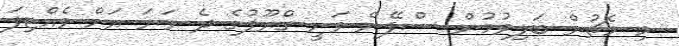
މި މެޗުން ބަލިވުމުން ސްޕޭން ވަނީ ގްރޫޕުގެ ދެ ވަނަ އަށް ވެއްޓިފަ